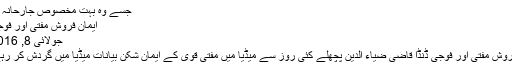
جسے وہ بہت مخصوص جارحانہ اور ...
ایمان فروش مفتی اور فوجی ڈنڈا
جولائی 8, 2016	0
ایمان فروش مفتی اور فوجی ڈنڈا قاضی ضیاء الدین پچھلے کئی روز سے میڈیا میں مفتی قوی کے ایمان شکن بیانات میڈیا میں گردش کر رہے ہیں۔